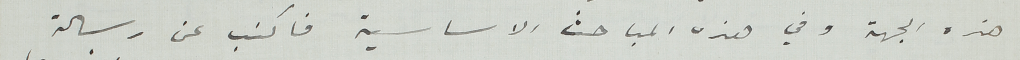
هذه الجهة وفي هذه المباحث الاساسية فاكتب عن رسالة